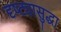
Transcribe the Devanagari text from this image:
दृष्ट्यासुद्धा